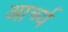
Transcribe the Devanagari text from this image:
आर्च्य